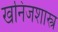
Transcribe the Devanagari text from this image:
खनिजशास्त्र